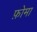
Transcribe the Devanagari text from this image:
फ़ोमा